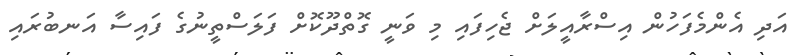
އަދި އެންމެފަހުން އިސްރާއީލަށް ޖެހިފައި މި ވަނީ ގޮތްދޫކޮށް ފަލަސްތީނުގެ ފައިސާ އަނބުރައި